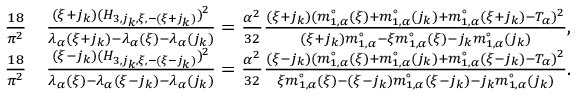
\begin{array} { r l } { \frac { 1 8 } { \pi ^ { 2 } } } & { \frac { ( \xi + j _ { k } ) ( H _ { 3 , j _ { k } , \xi , - ( \xi + j _ { k } ) } ) ^ { 2 } } { \lambda _ { \alpha } ( \xi + j _ { k } ) - \lambda _ { \alpha } ( \xi ) - \lambda _ { \alpha } ( j _ { k } ) } = \frac { \alpha ^ { 2 } } { 3 2 } \frac { ( \xi + j _ { k } ) ( m _ { 1 , \alpha } ^ { \circ } ( \xi ) + m _ { 1 , \alpha } ^ { \circ } ( j _ { k } ) + m _ { 1 , \alpha } ^ { \circ } ( \xi + j _ { k } ) - T _ { \alpha } ) ^ { 2 } } { ( \xi + j _ { k } ) m _ { 1 , \alpha } ^ { \circ } - \xi m _ { 1 , \alpha } ^ { \circ } ( \xi ) - j _ { k } m _ { 1 , \alpha } ^ { \circ } ( j _ { k } ) } , } \\ { \frac { 1 8 } { \pi ^ { 2 } } } & { \frac { ( \xi - j _ { k } ) ( H _ { 3 , j _ { k } , \xi , - ( \xi - j _ { k } ) } ) ^ { 2 } } { \lambda _ { \alpha } ( \xi ) - \lambda _ { \alpha } ( \xi - j _ { k } ) - \lambda _ { \alpha } ( j _ { k } ) } = \frac { \alpha ^ { 2 } } { 3 2 } \frac { ( \xi - j _ { k } ) ( m _ { 1 , \alpha } ^ { \circ } ( \xi ) + m _ { 1 , \alpha } ^ { \circ } ( j _ { k } ) + m _ { 1 , \alpha } ^ { \circ } ( \xi - j _ { k } ) - T _ { \alpha } ) ^ { 2 } } { \xi m _ { 1 , \alpha } ^ { \circ } ( \xi ) - ( \xi - j _ { k } ) m _ { 1 , \alpha } ^ { \circ } ( \xi - j _ { k } ) - j _ { k } m _ { 1 , \alpha } ^ { \circ } ( j _ { k } ) } . } \end{array}